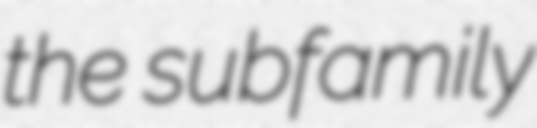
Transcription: the subfamily